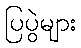
ပြပွဲများ